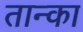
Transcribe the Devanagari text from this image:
तान्का